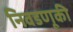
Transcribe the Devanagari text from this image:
निवडणूकी